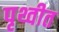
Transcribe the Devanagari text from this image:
पृथ्वीत